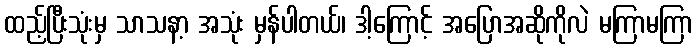
ထည့်ပြီးသုံးမှ သာသနာ့ အသုံး မှန်ပါတယ်၊ ဒါ့ကြောင့် အပြောအဆိုကိုလဲ မကြာမကြာ